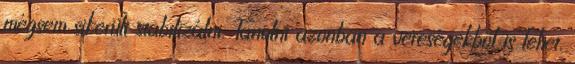
mégsem sikerült stabilizálni. Tanulni azonban a vereségekből is lehet,